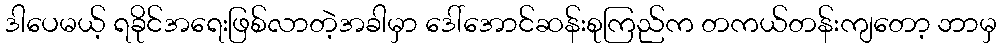
ဒါပေမယ့် ရခိုင်အရေးဖြစ်လာတဲ့အခါမှာ ဒေါ်အောင်ဆန်းစုကြည်က တကယ်တန်းကျတော့ ဘာမှ